Medical and sanitary report on the native army of Bombay for the year
Year: 1878
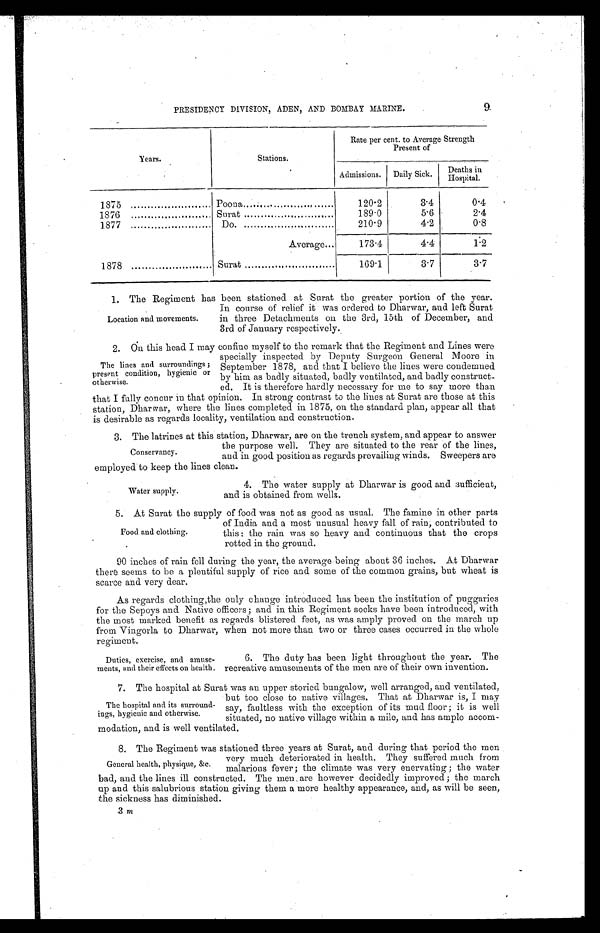
PRESIDENCY DIVISION, ADEN, AND BOMBAY MARINE.
9.
Years.
Stations.
Rate per cent. to Average Strength
Present of
Admissions. Daily Sick.
Deaths in
Hospital.
1875
Poona
. . . . . . . . . . . . . . . . . . . . . . . . . . .
120.2
3.4
0.4
1876
Surat
189.0
5.6
2.4
1877
Do.
210.9
4.2
0.8
1878
Average...
173.4
4.4
1.2
Surat
169.1
3.7
3.7
1. The Regiment has been stationed at Surat the greater portion of the year.
Location and movements.
In course of relief it was ordered to Dharwar, and left Surat
in three Detachments on the 3rd, 15th of December, and
3rd of January respectively.
2. On this head I may confine myself to the remark that the Regiment and Lines were
The lines and surroundings ;
present condition, hygienic or
otherwise.
specially inspected by Deputy Surgeon General Moore in
September 1878, and that I believe the lines were condemned
by him as badly situated, badly ventilated, and badly construct-
ed. It is therefore hardly necessary for me to say more than
that I fully concur in that opinion. In strong contrast to the lines at Surat are those at this
station, Dharwar, where the lines completed in 1875, on the standard plan, appear all that
is desirable as regards locality, ventilation and construction.
3. The latrines at this station, Dharwar, are on the trench system, and appear to answer
Conservancy.
the purpose well. They are situated to the rear of the lines,
and in good position as regards prevailing winds. Sweepers aro
employed to keep the lines clean.
Water supply.
4. The water supply at Dharwar is good and sufficient,
and is obtained from wells.
5. At Surat the supply. of food was not as good as usual. The famine in other parts
Food and clothing.
of India and a most unusual heavy fall of rain; contributed to
this : the rain was so heavy and continuous that the crops
rotted in the ground.
90 inches of rain fell during the year, the average being about 36 inches. At Dharwar
there seems to be a plentiful supply of rice and some of the common grains, but wheat is
scarce and very dear.
As regards clothing,the only change introduced has been the institution of puggaries
for the Sepoys and Native officers; and in this Regiment socks have been introduced, with
the most marked benefit as regards blistered feet, as was amply proved on the march up
from Vingorla to Dharwar, when not more than two or three cases occurred in the whole
regiment.
Duties, exercise, and amuse-
ments, and their effects on health.
6. The duty has been light throughout the year. The
recreative amusements of the men are of their own invention.
7. The hospital at Surat was an upper storied bungalow. well arranged, and ventilated,
The hospital and its surround-
ings, hygienic and otherwise.
but too close to native villages. That at Dharwar is, I may
say, faultless with the exception of its mud floor; it is well
situated, no native village within a mile, and has ample accom-
modation, and is well ventilated.
R. The Regiment was stationed three years at Surat, and during that period the men
General health, physique, &c.
very much deteriorated in health. They suffered much from
malarious fever ; the climate was very enervating ; the water
bad, and the lines ill constructed. The men are however decidedly improved ; the march
up and this salubrious station giving them a more healthy appearance, and, as will be seen,
the sickness has diminished.
3 m